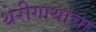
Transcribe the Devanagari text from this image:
थेरीगाथांचा